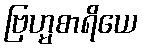
ဗြဟ္မစာရိယေ